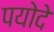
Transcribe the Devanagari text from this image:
पयोदे